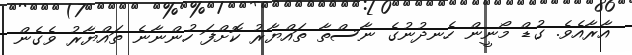
އާރާއެވެ. ގުޑް މޯނީން ހެނދުނުގެ ނާސްތާ ތައްޔާރު ކޮށްފަ ހުންނާނެ ތައްޔާރު ވެގެން